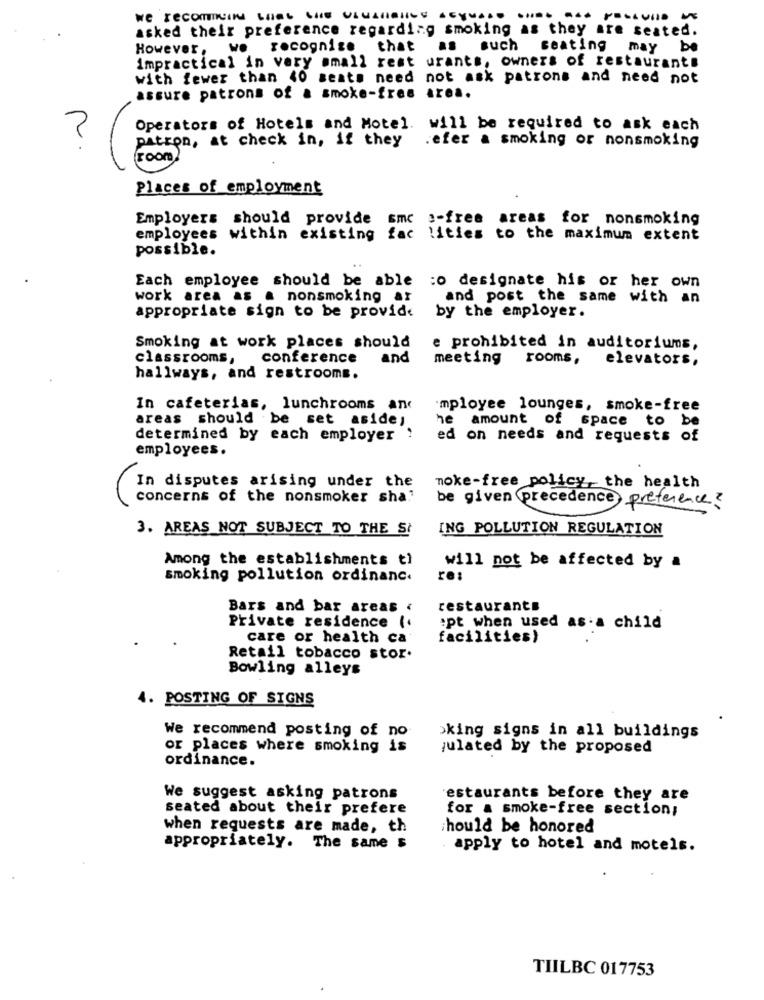
we recommend that the ulusHallLs acywas. .. DE dadossulla VE
asked their preference regarding smoking as they are seated.
we
recognize that
such
seating may
be
However.
impractical in very small rest urants, owners of restaurants
with fewer than 40 seats need not ask patrons and need not
assure patrons of a smoke-free area.
Operators of Hotels and Motel. will be required to ask each
patron, at check in, if they
.efer a smoking or nonsmoking
p.
room)
Places of employment
Employers should provide smc :- free areas for nonsmoking
employees within existing fac lities to the maximum extent
possible.
Each employee should be able
:o designate his or her own
work area as a nonsmoking ar
and post the same with an
appropriate sign to be provide
by the employer.
Smoking at work places should
e prohibited in auditoriums,
classrooms,
conference
and
meeting rooms,
elevators,
hallways, and restrooms.
In cafeterias, lunchrooms and
'mployee lounges, smoke-free
areas should be set aside;
he amount of space to be
determined by each employer !
ed on needs and requests of
employees.
In disputes arising under the
moke-free policy, the health
concerns of the nonsmoker sha."
be given precedence preference ?
3. AREAS NOT SUBJECT TO THE SI
ING POLLUTION REGULATION
Among the establishments ti
will not be affected by a
smoking pollution ordinanc.
re:
Bars and bar areas .
restaurants
Private residence (.
:pt when used as a child
care or health ca
facilities)
Retail tobacco stor.
Bowling alleys
4. POSTING OF SIGNS
We recommend posting of no
Sking signs in all buildings
or places where smoking is
julated by the proposed
ordinance.
We suggest asking patrons
estaurants before they are
seated about their prefere
for a smoke-free section;
when requests are made, th
should be honored
appropriately. The same s
. apply to hotel and motels.
TIILBC 017753